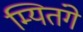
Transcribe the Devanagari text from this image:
म्यितंगे